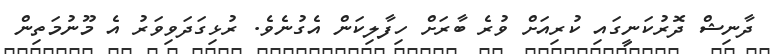
ދާނިޝް ދޮރުކަނީގައި ކުރިއަށް ވުރެ ބާރަށް ހިފާލިކަން އެގުނެވެ. ރުޅިގަދަވިވަރު އެ މޫނުމަތިން